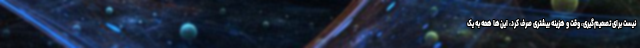
نیست برای تصمیم‌گیری، وقت و هزینه بیشتری صرف کرد، این‌ها همه به یک